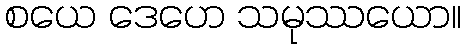
စယေ ဒေဟေ သမုဿယော။